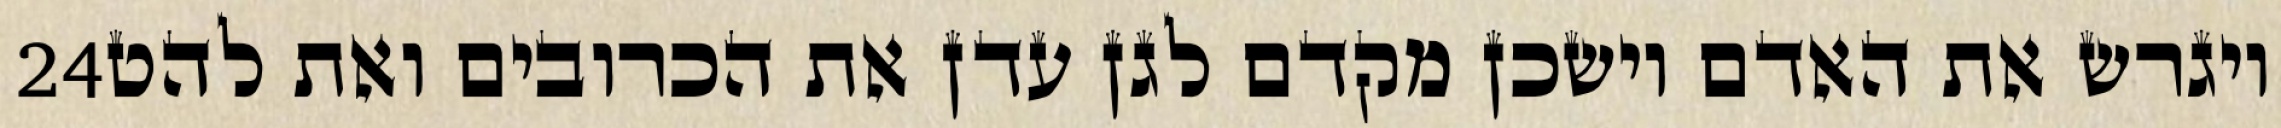
‎24‏ ויגרש את האדם וישכן מקדם לגן עדן את הכרובים ואת להט